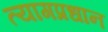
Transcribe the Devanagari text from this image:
त्यागप्रधान